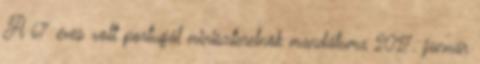
A 67 éves volt portugál miniszterelnök mandátuma 2017. január